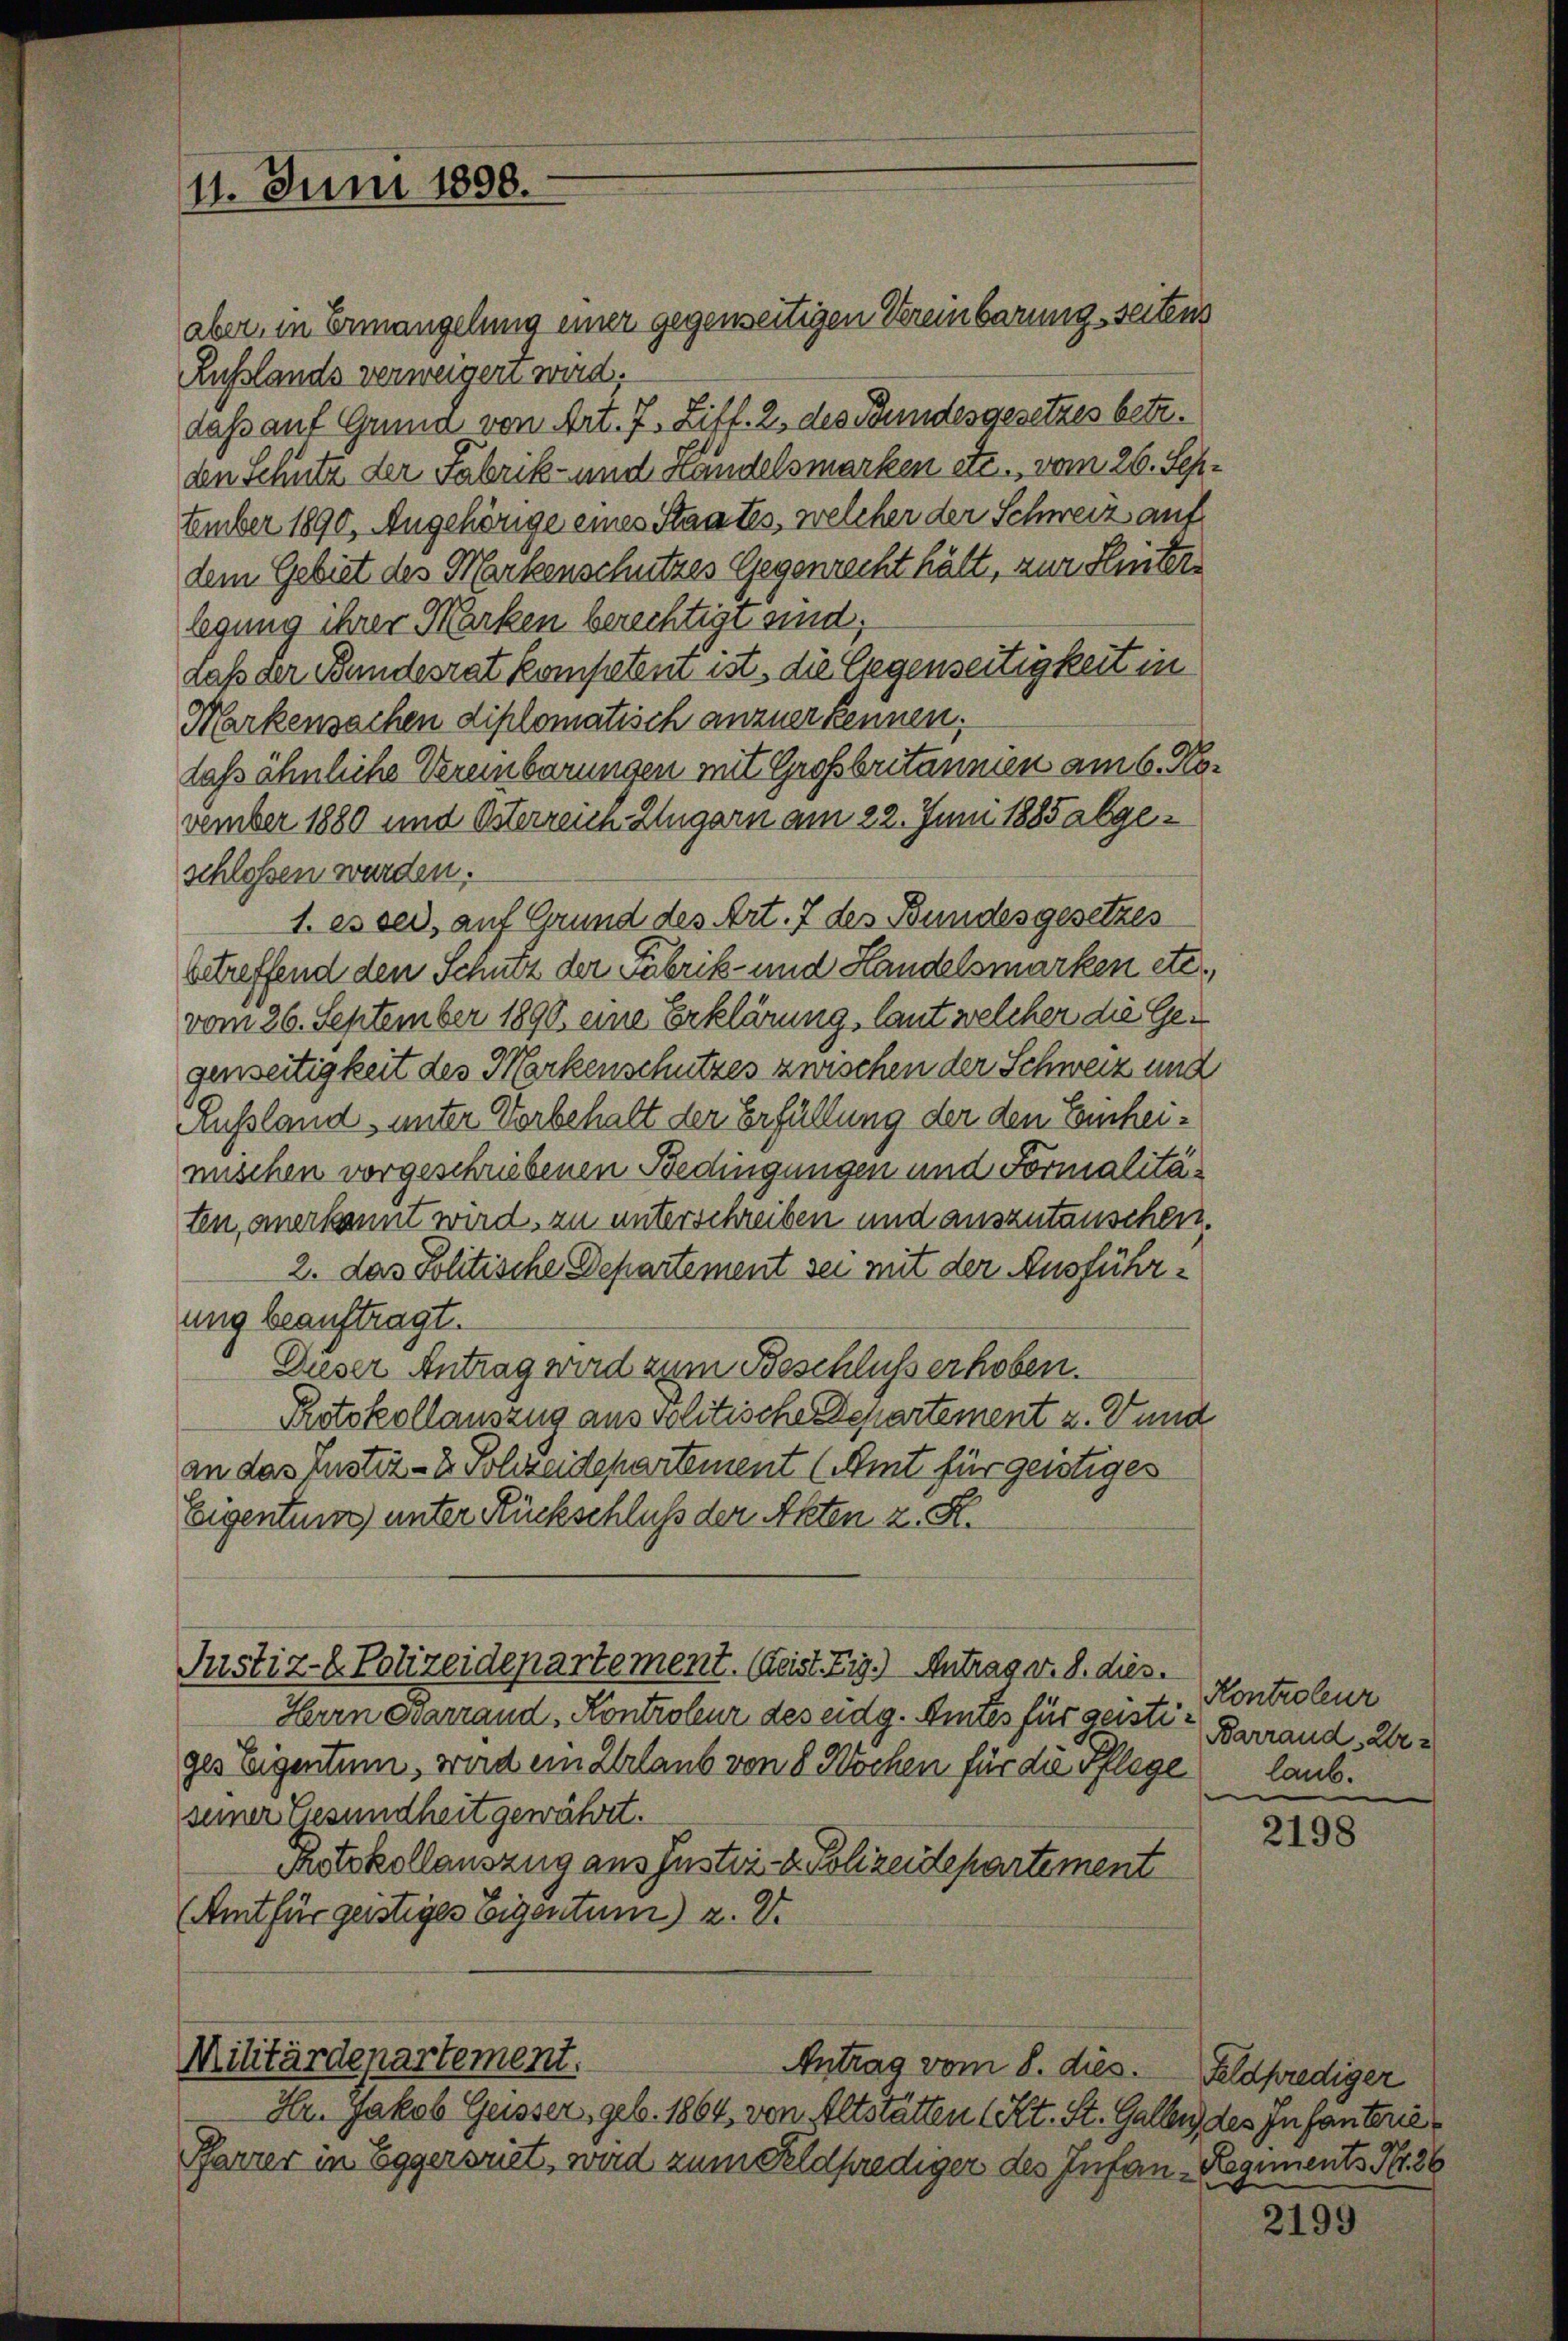
11. Juni 1898.

aber, in Ermangelung einer gegenseitigen Vereinbarung seitens
Russlands verweigert wird.
dass auf Grund von Art. 7. Ziff. 2. des Bundesgesetzes betr.
den Schutz der Fabrik- und Handelsmarken etc., vom 26. Sep¬
Eember 1890, Angehörige eines Staates, welcher der Schweiz auf
dem Gebiet des Markenschutzes Gegenrecht hätt, zur Seite
legung ihrer Marken berechtigt sind;
daß der Bundesrat kompeten ist, die Gegenseitigkeit in
Markensachen diplomatisch anzuerkennen;
laßs ähnliche Vereinbarungen mit Großbritannien am 6. November 1880 und Österreich Zugarn am 22. Juni 1885 abgeschloßen werden.
1. es sei, auf Grund des Art. 7 des Bundesgesetzes
betreffend den Schutz der Fabrik- und Handelsmarken etc.,
vom 26. September 1890 eine Erklärung, laut welcher die Gegenseitigkeit des Markenschutzes zwischen der Schweiz und
Russland, unter Vorbehalt der Erfüllung der den Einheimischen vorgeschriebenen Bedingungen und Formalitäten, anerkannt wird, zu unterschreiben und auszutauschen.
2. das Politische Departement sei mit der Ausführung beauftragt.
Dieser Antrag wird zum Beschlusserhoben.
Protokollauszug aus volitische Departement z. Bund
an das Justiz- & Schreidepartement (Amt für geistiges
Eigentum unter Rückschluß der Akten z. R.
Justiz- & Polizeidepartement. (Leist. Eig.) Antrag v. 8. dies.
Herrn Ovarrand, Kontroleur des eidg. Amtes für geisti Barrand, Kre
ges Eigentum, wird ein Urlaub von 8 Wochen für die Pflege
seiner Gesundheit gewährt.
Rotzkollauszug aus Justiz- & Polizeidepartement
(Amt für geistiges Eigentum) z. B.

Militärdepartement.
Antrag vom 8. dies

Hr. Jakob Geisser, geb. 1864, von Altstätten (Kt. St. Gallen des Infanterie
Pfarrer in Eggersriet, wird zum Feldprediger des Infan-Regiments Nr. 36

Kontroleur
laub.

2198

Feldprediger

2199